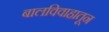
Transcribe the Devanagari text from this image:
बालविवाहातून